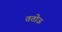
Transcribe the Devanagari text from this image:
ततोऊ